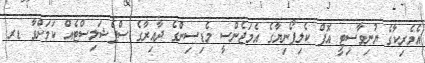
އެމެރިކާގެ ޔުނިވާސިޓީ އޮފް ކެލިފޯނިޔާގެ އެމަޖެންސީ މެޑިސިންގެ ދާއިރާގެ ސްޕެޝަލިސްޓެއް ކަމަށްވާ ޑރ.